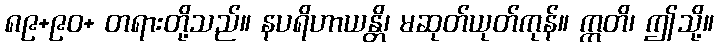
၈၉+၉၀+ တရားတို့သည်။ နပရိဟာယန္တိ၊ မဆုတ်ယုတ်ကုန်။ ဣတိ၊ ဤသို့။